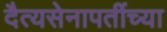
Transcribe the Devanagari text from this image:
दैत्यसेनापतींच्या